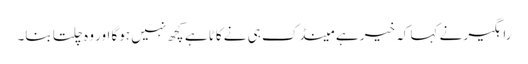
راہگیر نے کہا کہ خیر ہے مینڈک ہی نے کاٹا ہے کچھ نہیں ہوگا اور وہ چلتا بنا۔